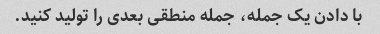
با دادن یک جمله، جمله منطقی بعدی را تولید کنید.